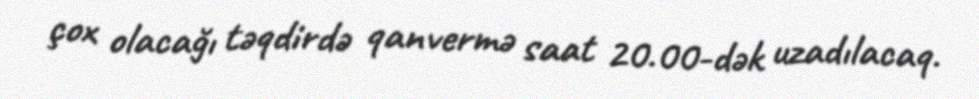
çox olacağı təqdirdə qanvermə saat 20.00-dək uzadılacaq.